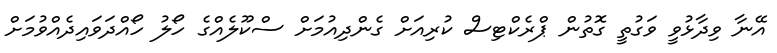
އޭނާ ވިދާޅުވީ ވަގުތީ ގޮތުން ޕްރެކްޓިސް ކުރިއަށް ގެންދިއުމަށް ސްކޫލެއްގެ ހޯލު ހޯއްދަވައިދެއްވުމަށް